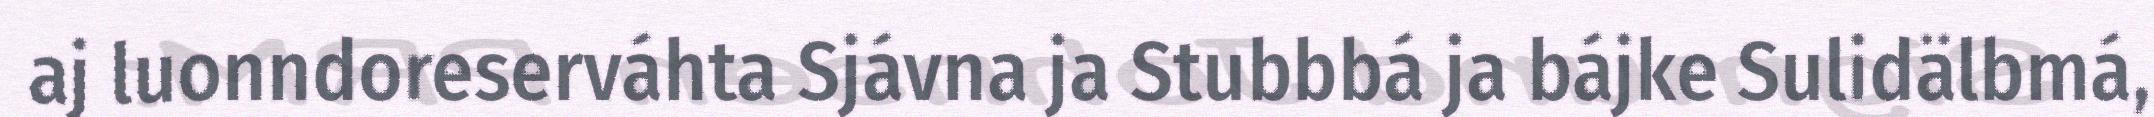
aj luonndoreserváhta Sjávna ja Stubbbá ja bájke Sulidälbmá,